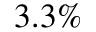
3 . 3 \%